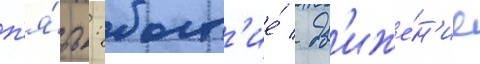
п'я́ть: быт'ие́ / дв'иже́н'ие